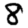
Digit: 8